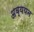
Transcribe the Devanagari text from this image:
अव्ययन